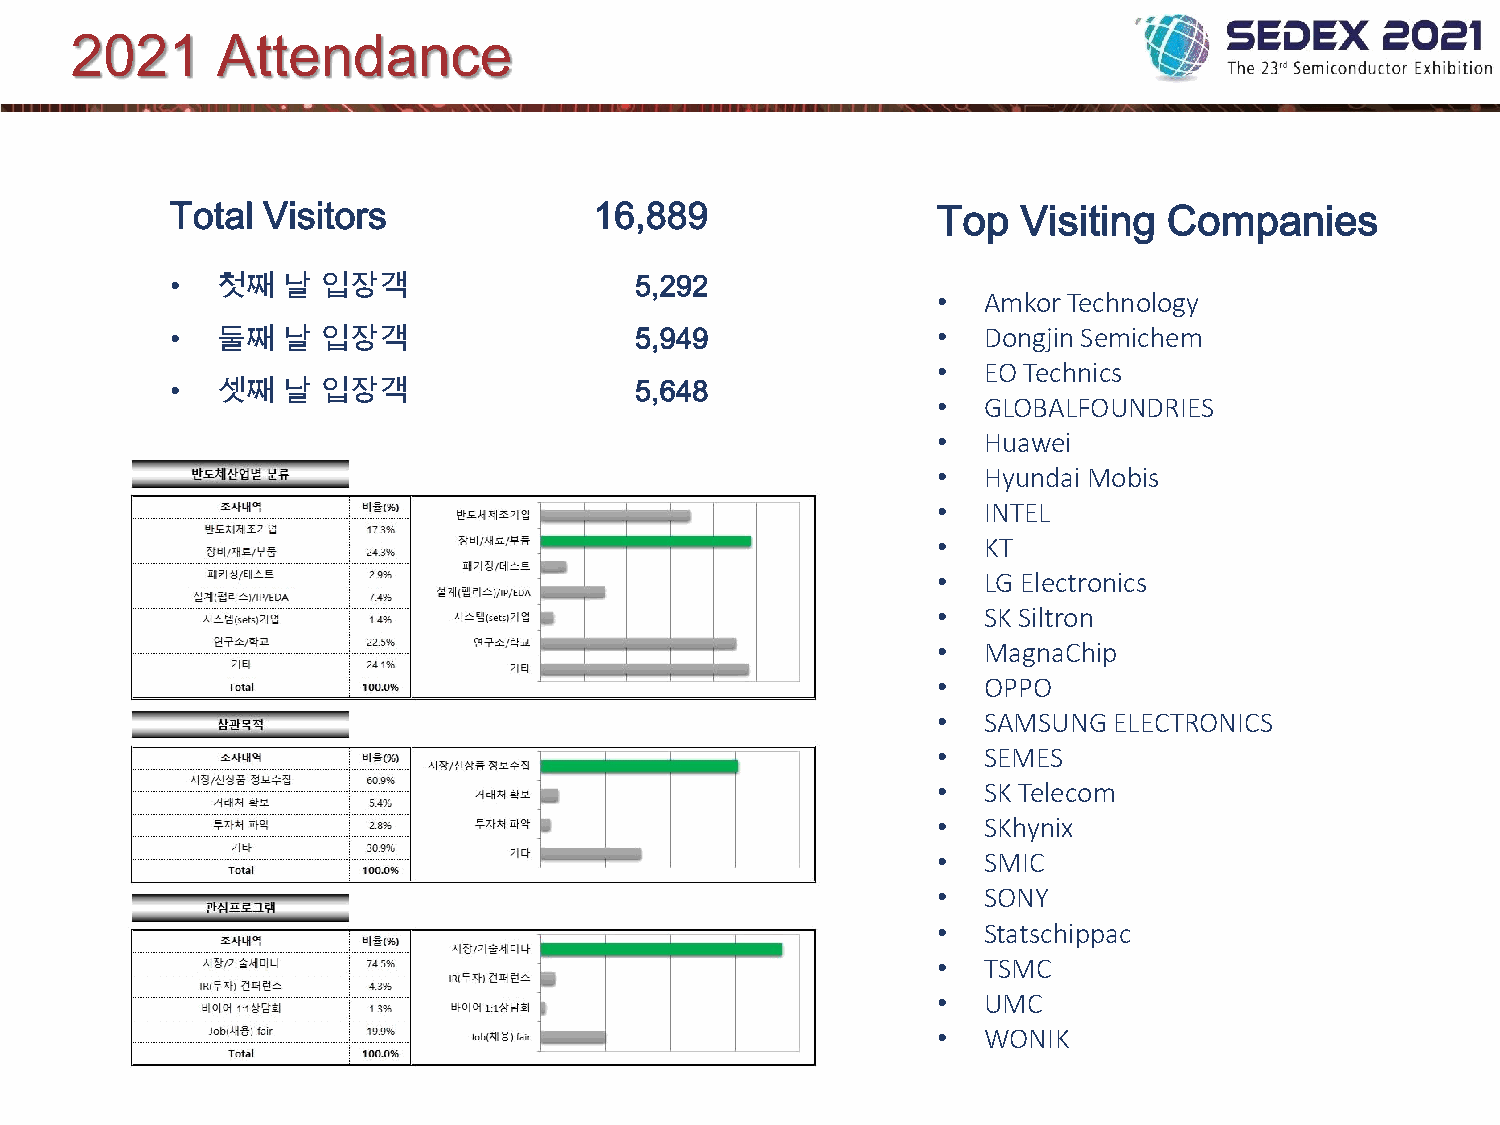
2021     Attendance
 Total Visitors              16,889                 Top   Visiting Companies
 •  첫째   날 입장객                  5,292
 •  Amkor Technology
 •  둘째   날 입장객                  5,949               •  DongjinSemichem
 •  EO Technics
 •  셋째   날 입장객                  5,648
 •  GLOBALFOUNDRIES
 •  Huawei
 •  Hyundai Mobis
 •  INTEL
 •  KT
 •  LG Electronics
 •  SK Siltron
 •  MagnaChip
 •  OPPO
 •  SAMSUNG  ELECTRONICS
 •  SEMES
 •  SK Telecom
 •  SKhynix
 •  SMIC
 •  SONY
 •  Statschippac
 •  TSMC
 •  UMC
 •  WONIK